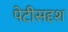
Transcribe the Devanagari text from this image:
पेटीसदृश